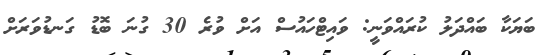
ބަޔަކާ ބައްދަލު ކުރައްވަނީ: ވައިޓްހައުސް އަށް ވުރެ 30 ގުނަ ބޮޑު ގަނޑުވަރަށް